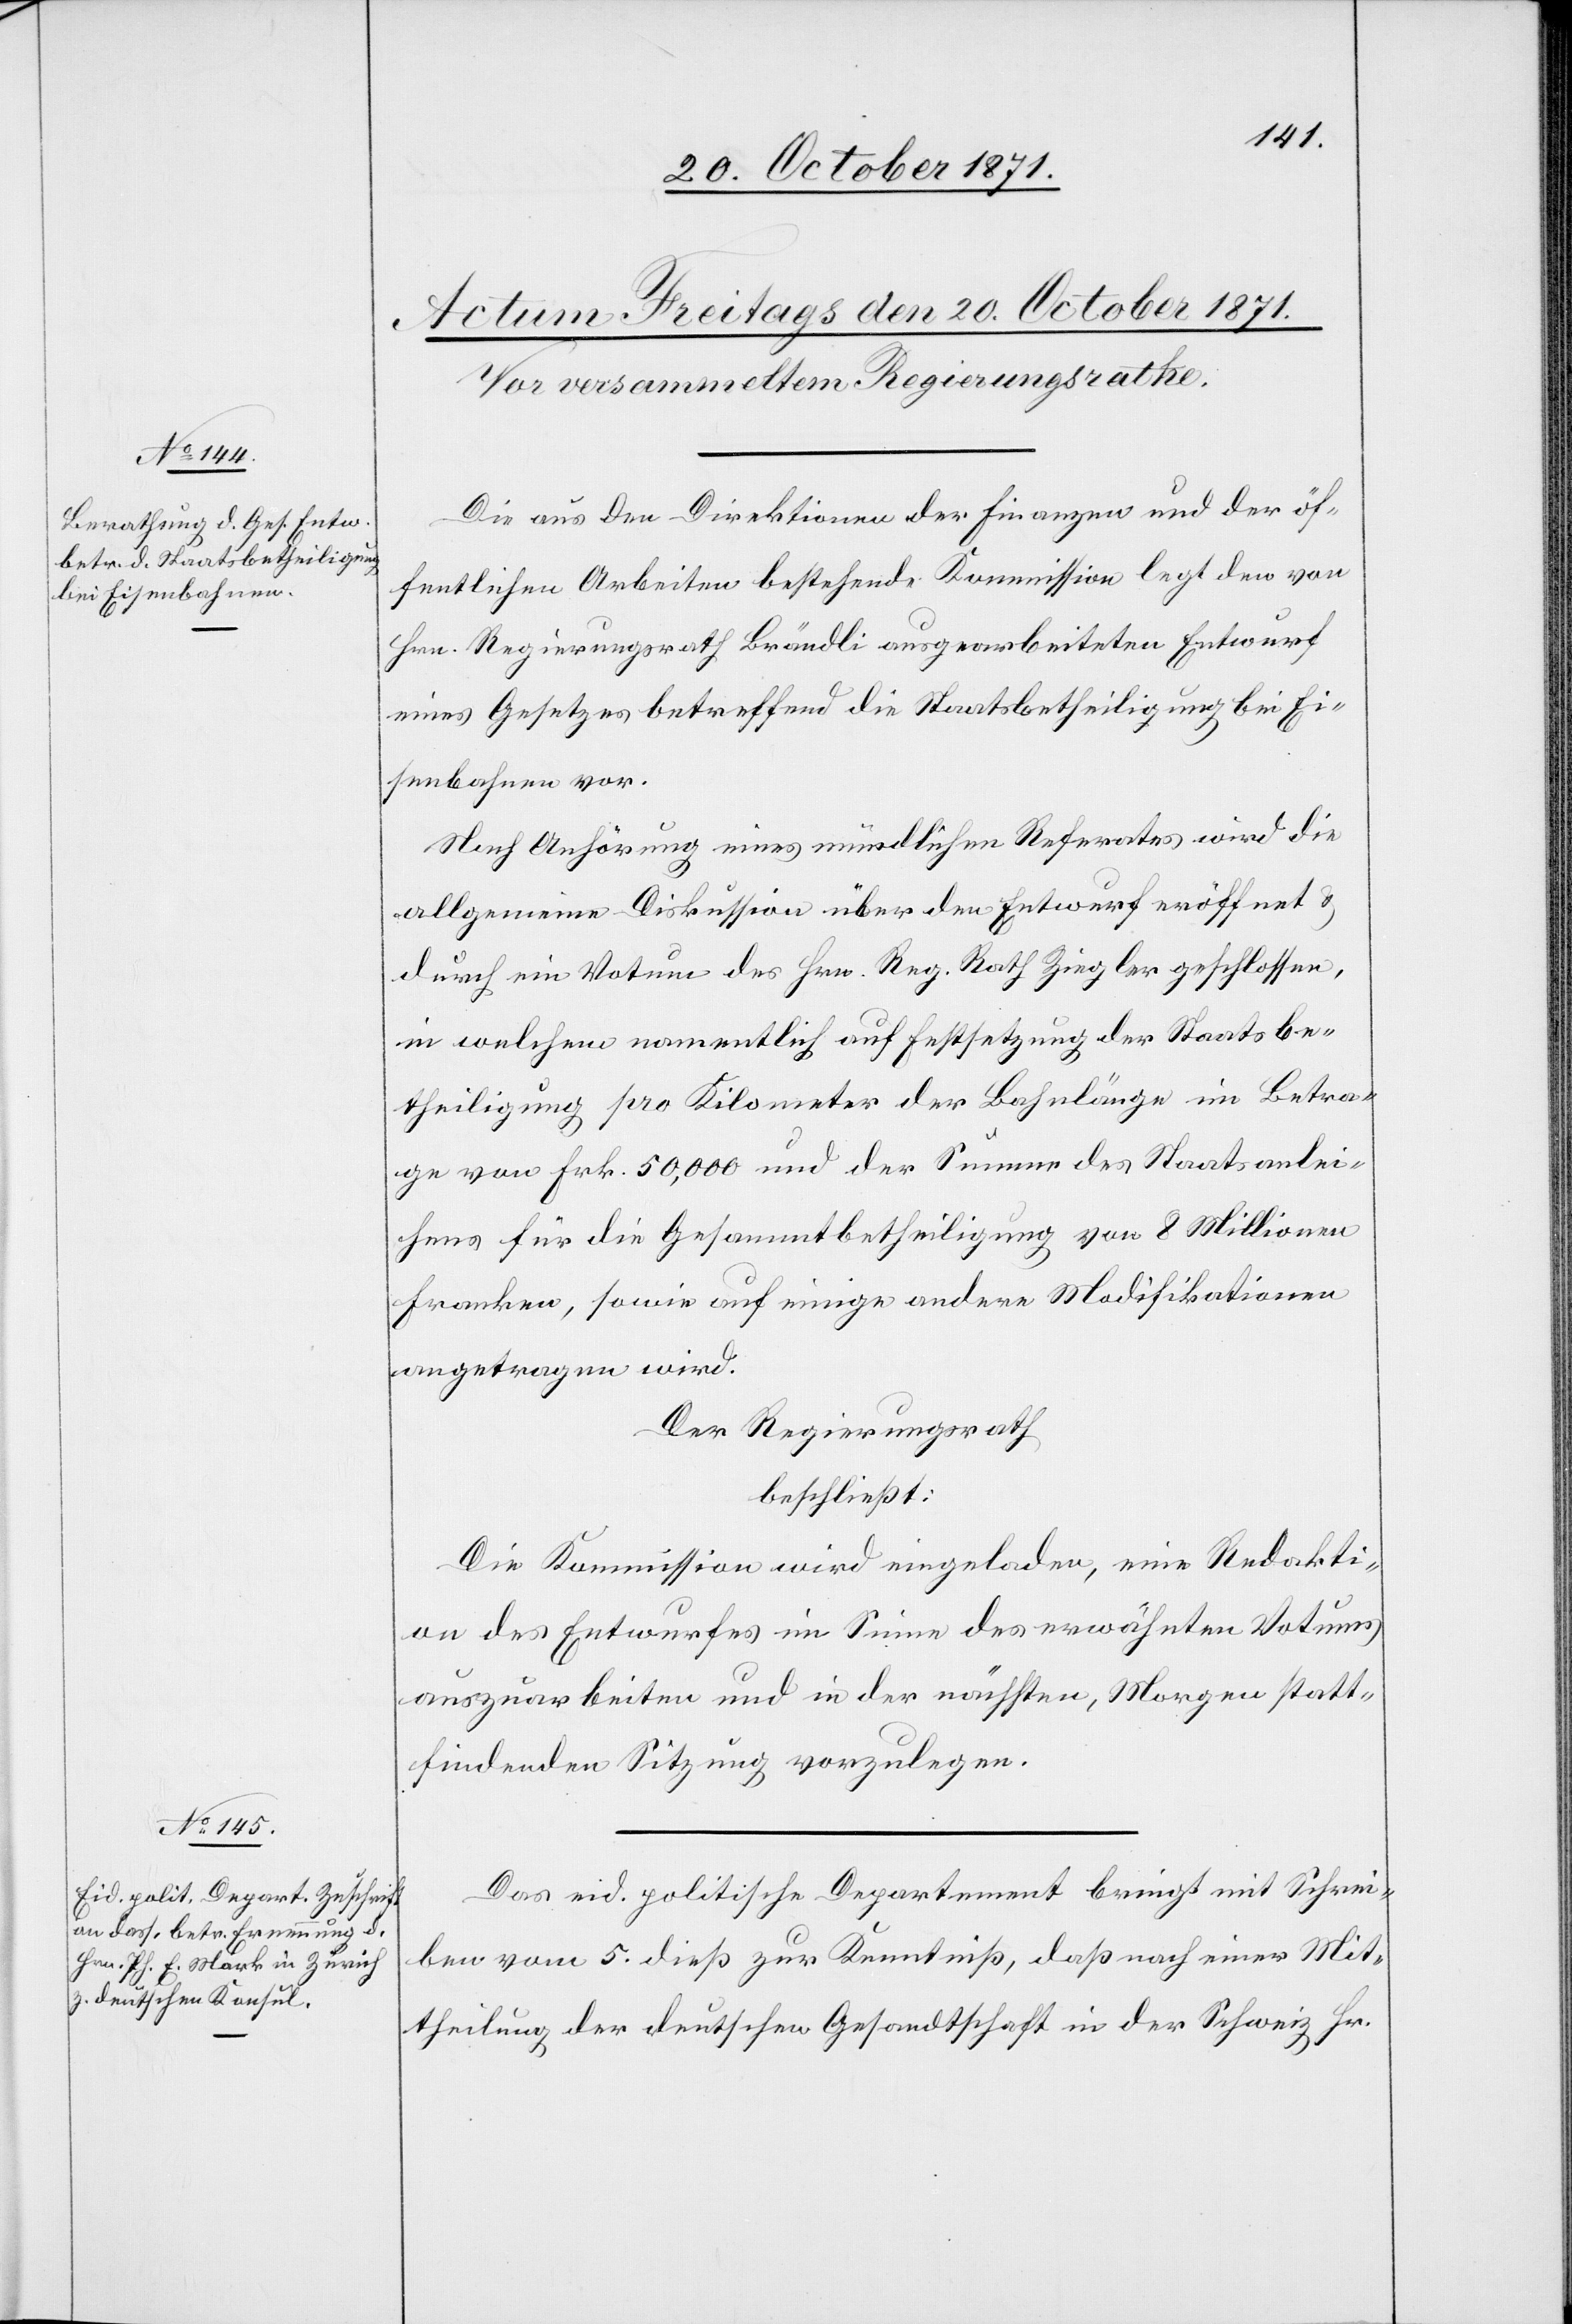
Die aus den Direktionen der Finanzen und der öf¬
fentlichen Arbeiten bestehende Kommission legt den von
Hrn. Regierungsrath Brändli ausgearbeiteten Entwurf
eines Gesetzes betreffend die Staatsbetheiligung bei Ei¬
senbahnen vor.
Nach Anhörung eines mündlichen Referates wird die
allgemeine Diskussion über den Entwurf eröffnet &
durch ein Votum des Hrn. Reg. Rath Ziegler geschlossen,
in welchem namentlich auf Festsetzung der Staatsbe¬
theiligung pro Kilometer der Bahnlänge im Betra¬
ge von Frk. 50,000 und der Summe des Staatsanlei¬
hens für die Gesammtbetheiligung von 8 Millionen
Franken, sowie auf einige andere Modifikationen
angetragen wird.
Der Regierungsrath
beschließt:
Die Kommission wird eingeladen, eine Redakti¬
on des Entwurfes im Sinne des erwähnten Votums
auszuarbeiten und in der nächsten, Morgen statt¬
findenden Sitzung vorzulegen.
Das eid. politische Departement bringt mit Schrei¬
ben vom 5. dieß zur Kenntniß, daß nach einer Mit¬
theilung der deutschen Gesandtschaft in der Schweiz Hr.